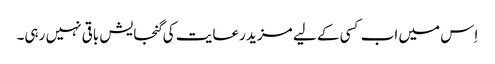
اِس میں اب کسی کے لیے مزید رعایت کی گنجایش باقی نہیں رہی۔